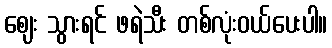
ဈေး သွားရင် ဖရဲသီး တစ်လုံးဝယ်ပေးပါ။